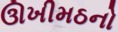
ઊખીમઠનો